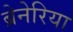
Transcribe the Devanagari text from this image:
ब्रेनेरिया